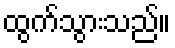
ထွက်သွားသည်။